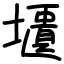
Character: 㙺